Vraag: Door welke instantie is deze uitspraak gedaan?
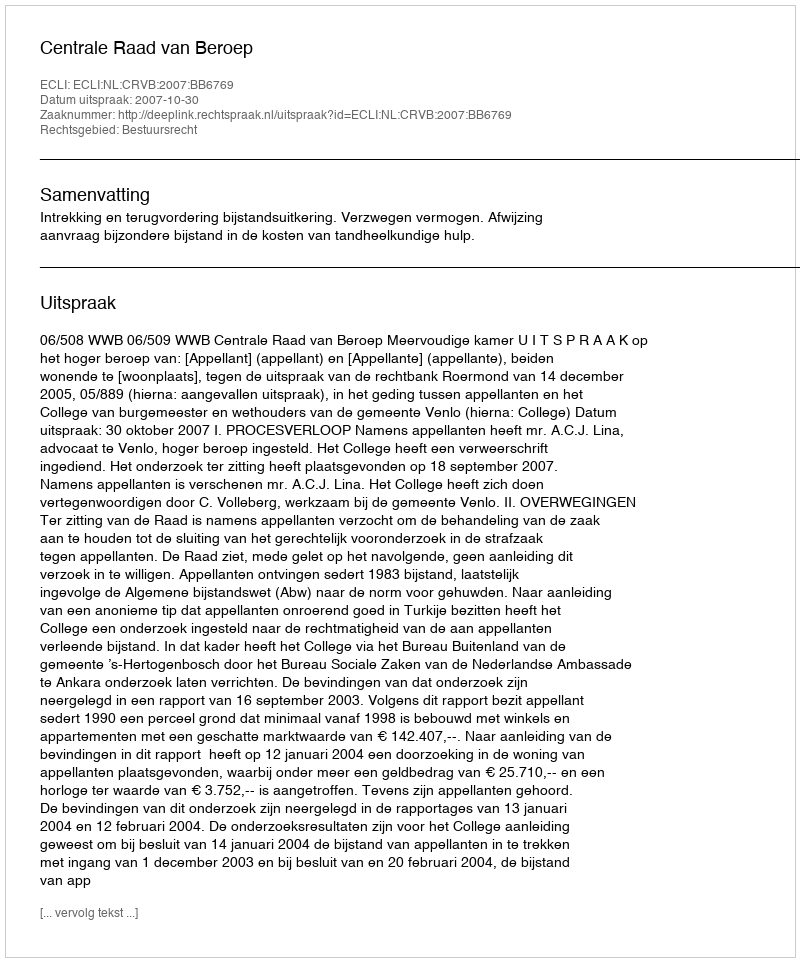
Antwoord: Centrale Raad van Beroep